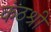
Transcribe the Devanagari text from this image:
कंठश्री